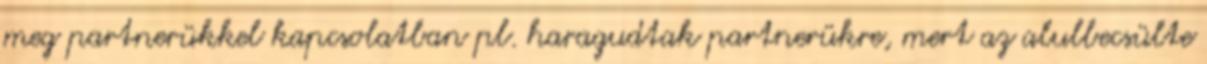
meg partnerükkel kapcsolatban pl. haragudtak partnerükre, mert az alulbecsülte